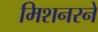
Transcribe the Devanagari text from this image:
मिशनरने